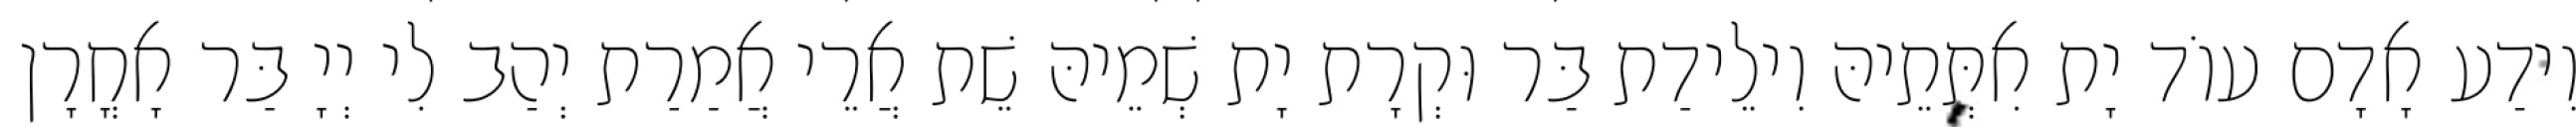
וִידַע אָדָם עוֹד יָת אִתְּתֵיהּ וִילֵידַת בַּר וּקְרָת יָת שְׁמֵיהּ שֵׁת אֲרֵי אֲמַרַת יְהַב לִי יְיָ בַּר אָחֳרָן